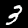
Label: 3